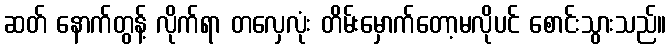
ဆတ် နောက်တွန့် လိုက်ရာ တလှေလုံး တိမ်းမှောက်တော့မလိုပင် စောင်းသွားသည်။